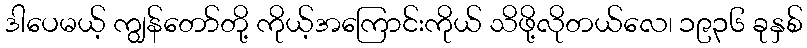
ဒါပေမယ့် ကျွန်တော်တို့ ကိုယ့်အကြောင်းကိုယ် သိဖို့လိုတယ်လေ၊ ၁၉၃၆ ခုနှစ်